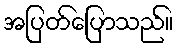
အပြတ်ပြောသည်။